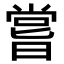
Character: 嘗